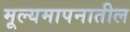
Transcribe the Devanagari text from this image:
मूल्यमापनातील